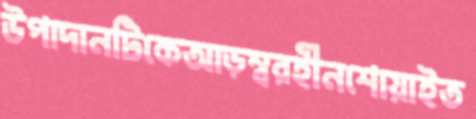
উপাদানটিকেআড়ম্বরহীনশোয়াইত